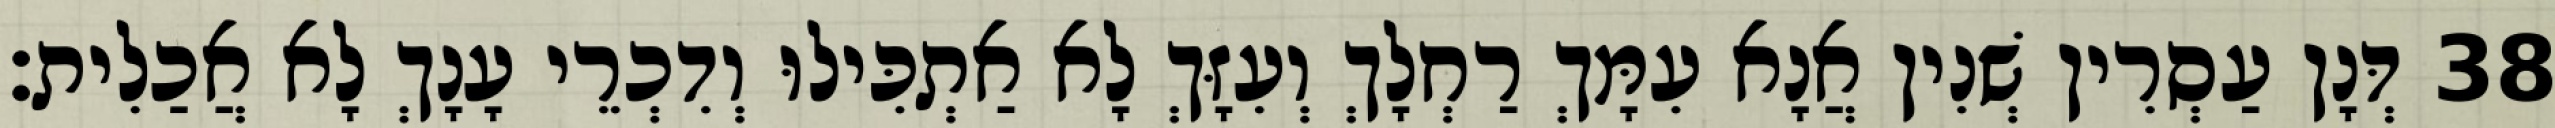
38 דְּנָן עַסְרִין שְׁנִין אֲנָא עִמָּךְ רַחְלָךְ וְעִזָּךְ לָא אַתְכִּילוּ וְדִכְרֵי עָנָךְ לָא אֲכַלִית׃